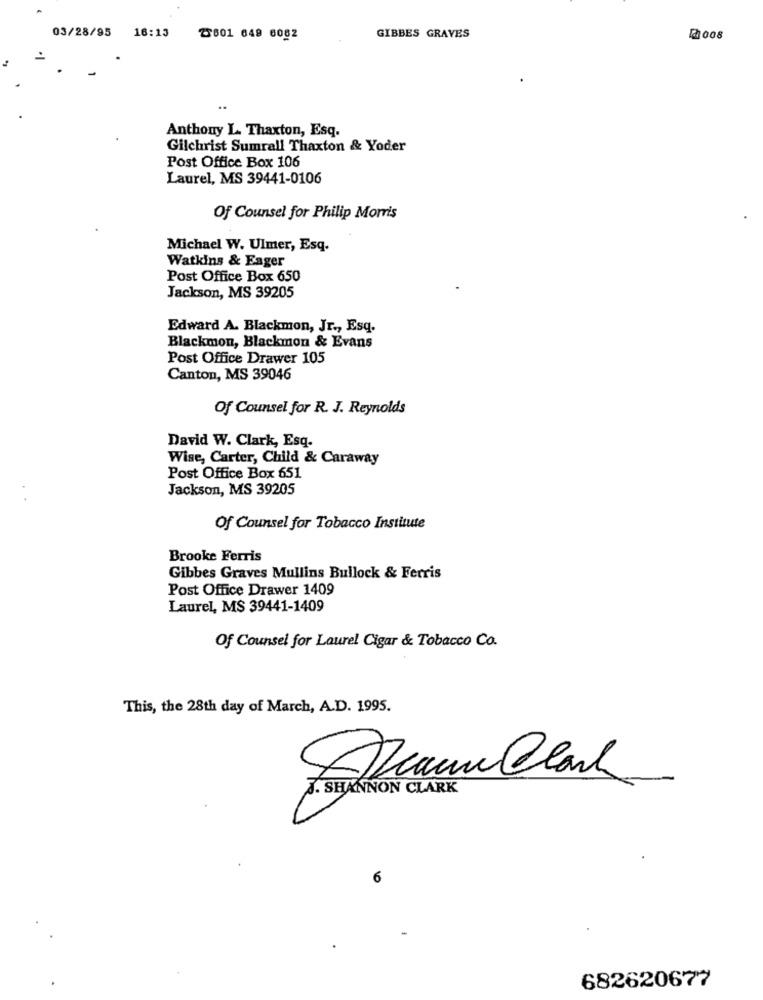
03/28/95
16:13
Z601 649 6082
GIBBES GRAVES
₪008
Anthony L. Thaxton, Esq.
Gilchrist Sumrall Thaxton & Yoder
Post Office Box 106
Laurel, MS 39441-0106
Of Counsel for Philip Morris
Michael W. Ulmer, Esq.
Watkins & Eager
Post Office Box 650
Jackson, MS 39205
Edward A. Blackmon, Jr ., Esq.
Blackmon, Blackmon & Evans
Post Office Drawer 105
Canton, MS 39046
Of Counsel for R. J. Reynolds
David W. Clark, Esq.
Wise, Carter, Child & Caraway
Post Office Box 651
Jackson, MS 39205
Of Counsel for Tobacco Institute
Brooke Ferris
Gibbes Graves Mullins Bullock & Ferris
Post Office Drawer 1409
Laurel, MS 39441-1409
Of Counsel for Laurel Cigar & Tobacco Co.
This, the 28th day of March, A.D. 1995.
7. SHANNON CLARK
6
682620677